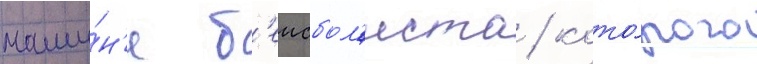
маши́н'е б'еисбол'иста / кото́рого